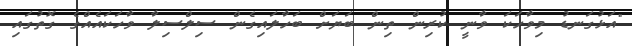
"އަޅުގަނޑު މިވާހަަކަ ވާނީ ކުރިން ތިން ބަޔަށް ބަހާލައިގެން ސިލްސިލާ ވާހަކައެއްގެ ގޮތުގައި